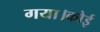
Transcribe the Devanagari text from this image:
गया।कोई